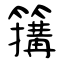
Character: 簼